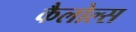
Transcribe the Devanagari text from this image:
कैलोल्स